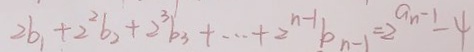
2 b _ { 1 } + 2 ^ { 2 } b _ { 2 } + 2 ^ { 3 } b _ { 3 } + \cdots + 2 ^ { n - 1 } b _ { n - 1 } = 2 ^ { a n - 1 } - 4